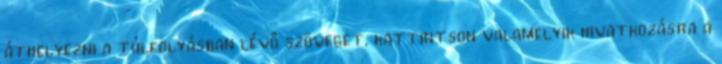
áthelyezni a túlfolyásban lévő szöveget, kattintson valamelyik hivatkozásra a